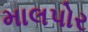
માલપોર